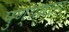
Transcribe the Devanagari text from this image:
पुण्यधारा